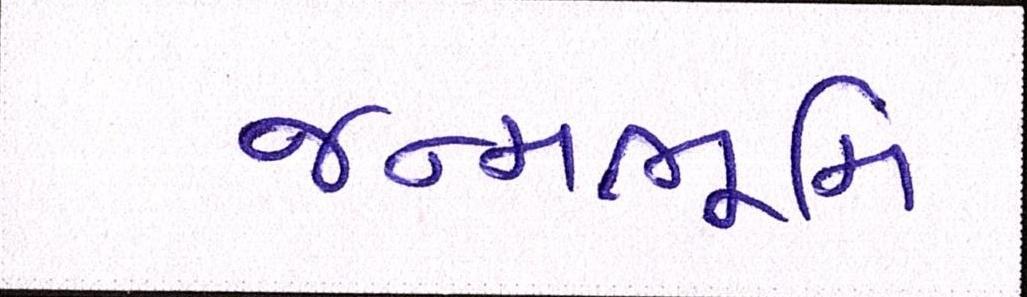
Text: જન્મભૂમિ